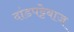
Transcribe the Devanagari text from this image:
दांडपट्टेबाज